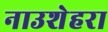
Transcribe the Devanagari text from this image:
नाउशेहरा